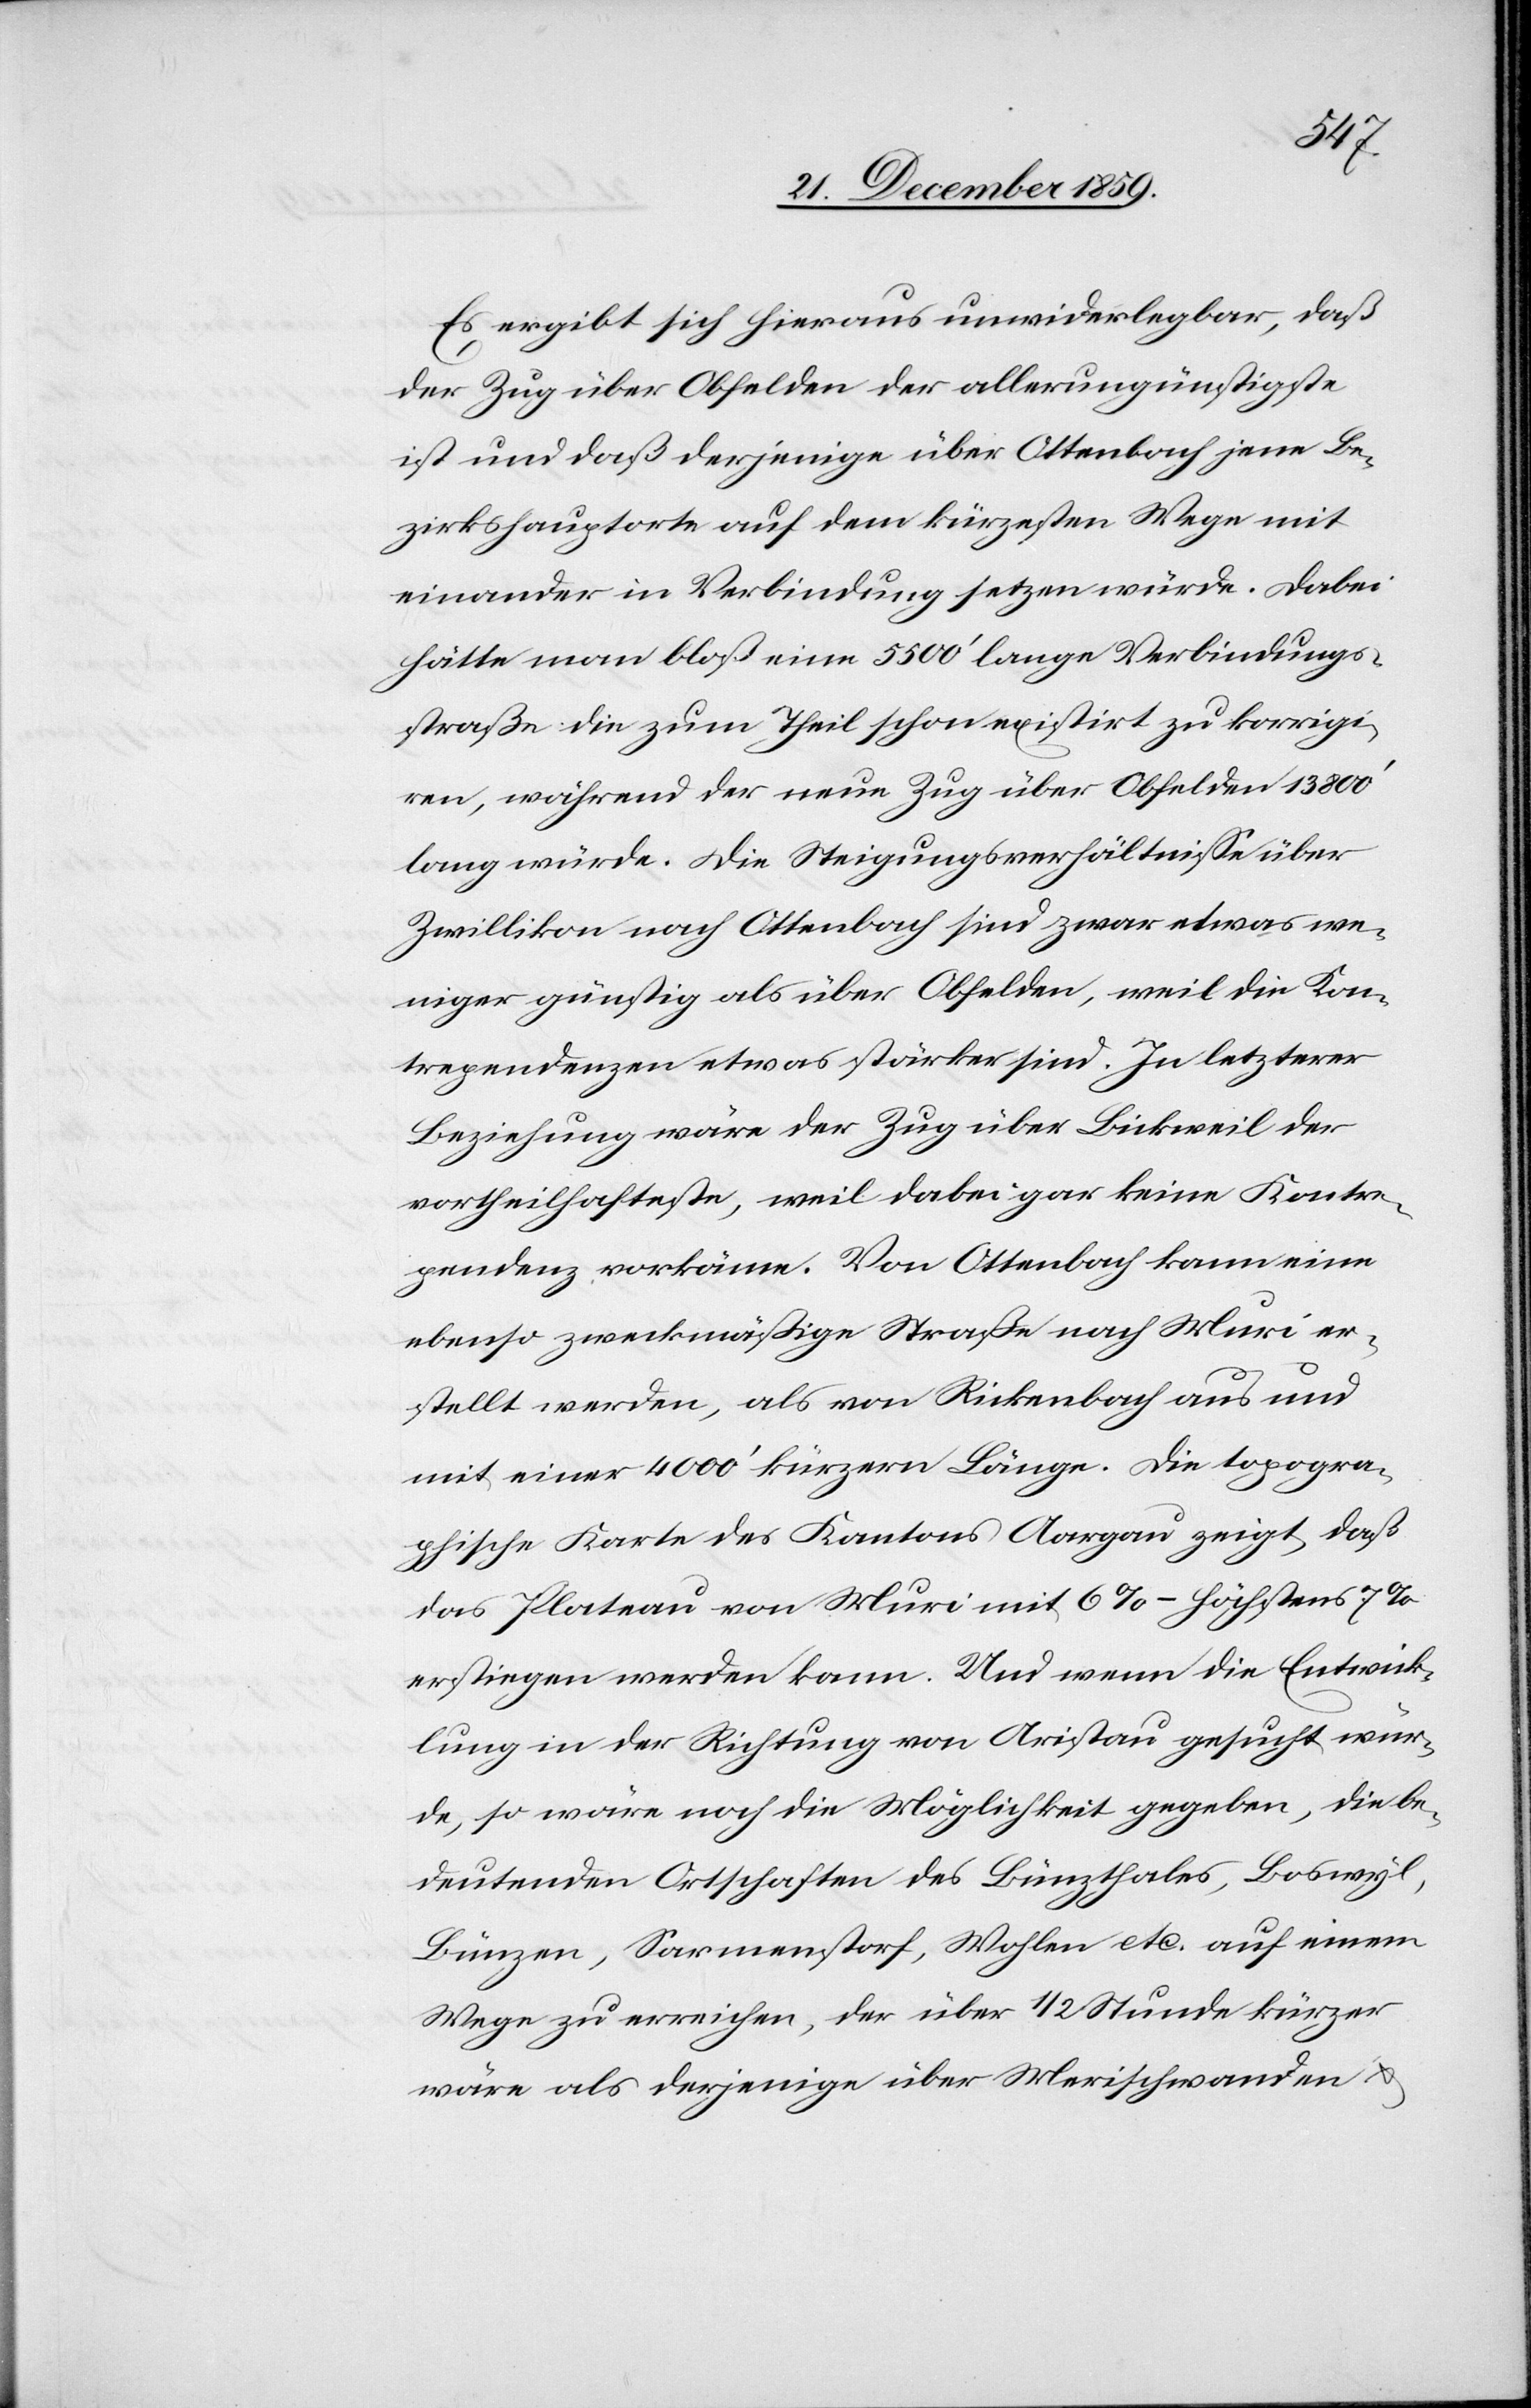
Es ergibt sich hieraus unwiderlegbar, daß
der Zug über Obfelden der allerungünstigste
ist und daß derjenige über Ottenbach jene Be¬
zirkshauptorte auf dem kürzesten Wege mit
einander in Verbindung setzen würde. Dabei
hätte man bloß eine 5500’ lange Verbindungs¬
straße die zum Theil schon existirt zu korrigi¬
ren, während der neue Zug über Obfelden 13 800’
lang würde. Die Steigungsverhältnisse über
Zwillikon nach Ottenbach sind zwar etwas we¬
niger günstig als über Obfelden, weil die Kon¬
trependenzen etwas stärker sind. In letzterer
Beziehung wäre der Zug über Bickweil der
vortheilhafteste, weil dabei gar keine Kontre¬
pendenz vorkäme. Von Ottenbach kann eine
ebenso zweckmäßige Straße nach Muri er¬
stellt werden, als von Rickenbach aus und
mit einer 4000’ kürzeren Länge. Die topogra¬
phische Karte des Kantons Aargau zeigt, daß
das Plateau von Muri mit 6%–höchstens 7%
erstiegen werden kann. Und wenn die Entwick¬
lung in der Richtung von Aristau gesucht wür¬
de, so wäre noch die Möglichkeit gegeben, die be¬
deutenden Ortschaften des Bünzthales, Boswyl,
Bünzen, Sarmenstorf, Wohlen etc. auf einem
Wege zu erreichen, der über 1/2 Stunde kürzer
wäre als derjenige über Merischwanden &